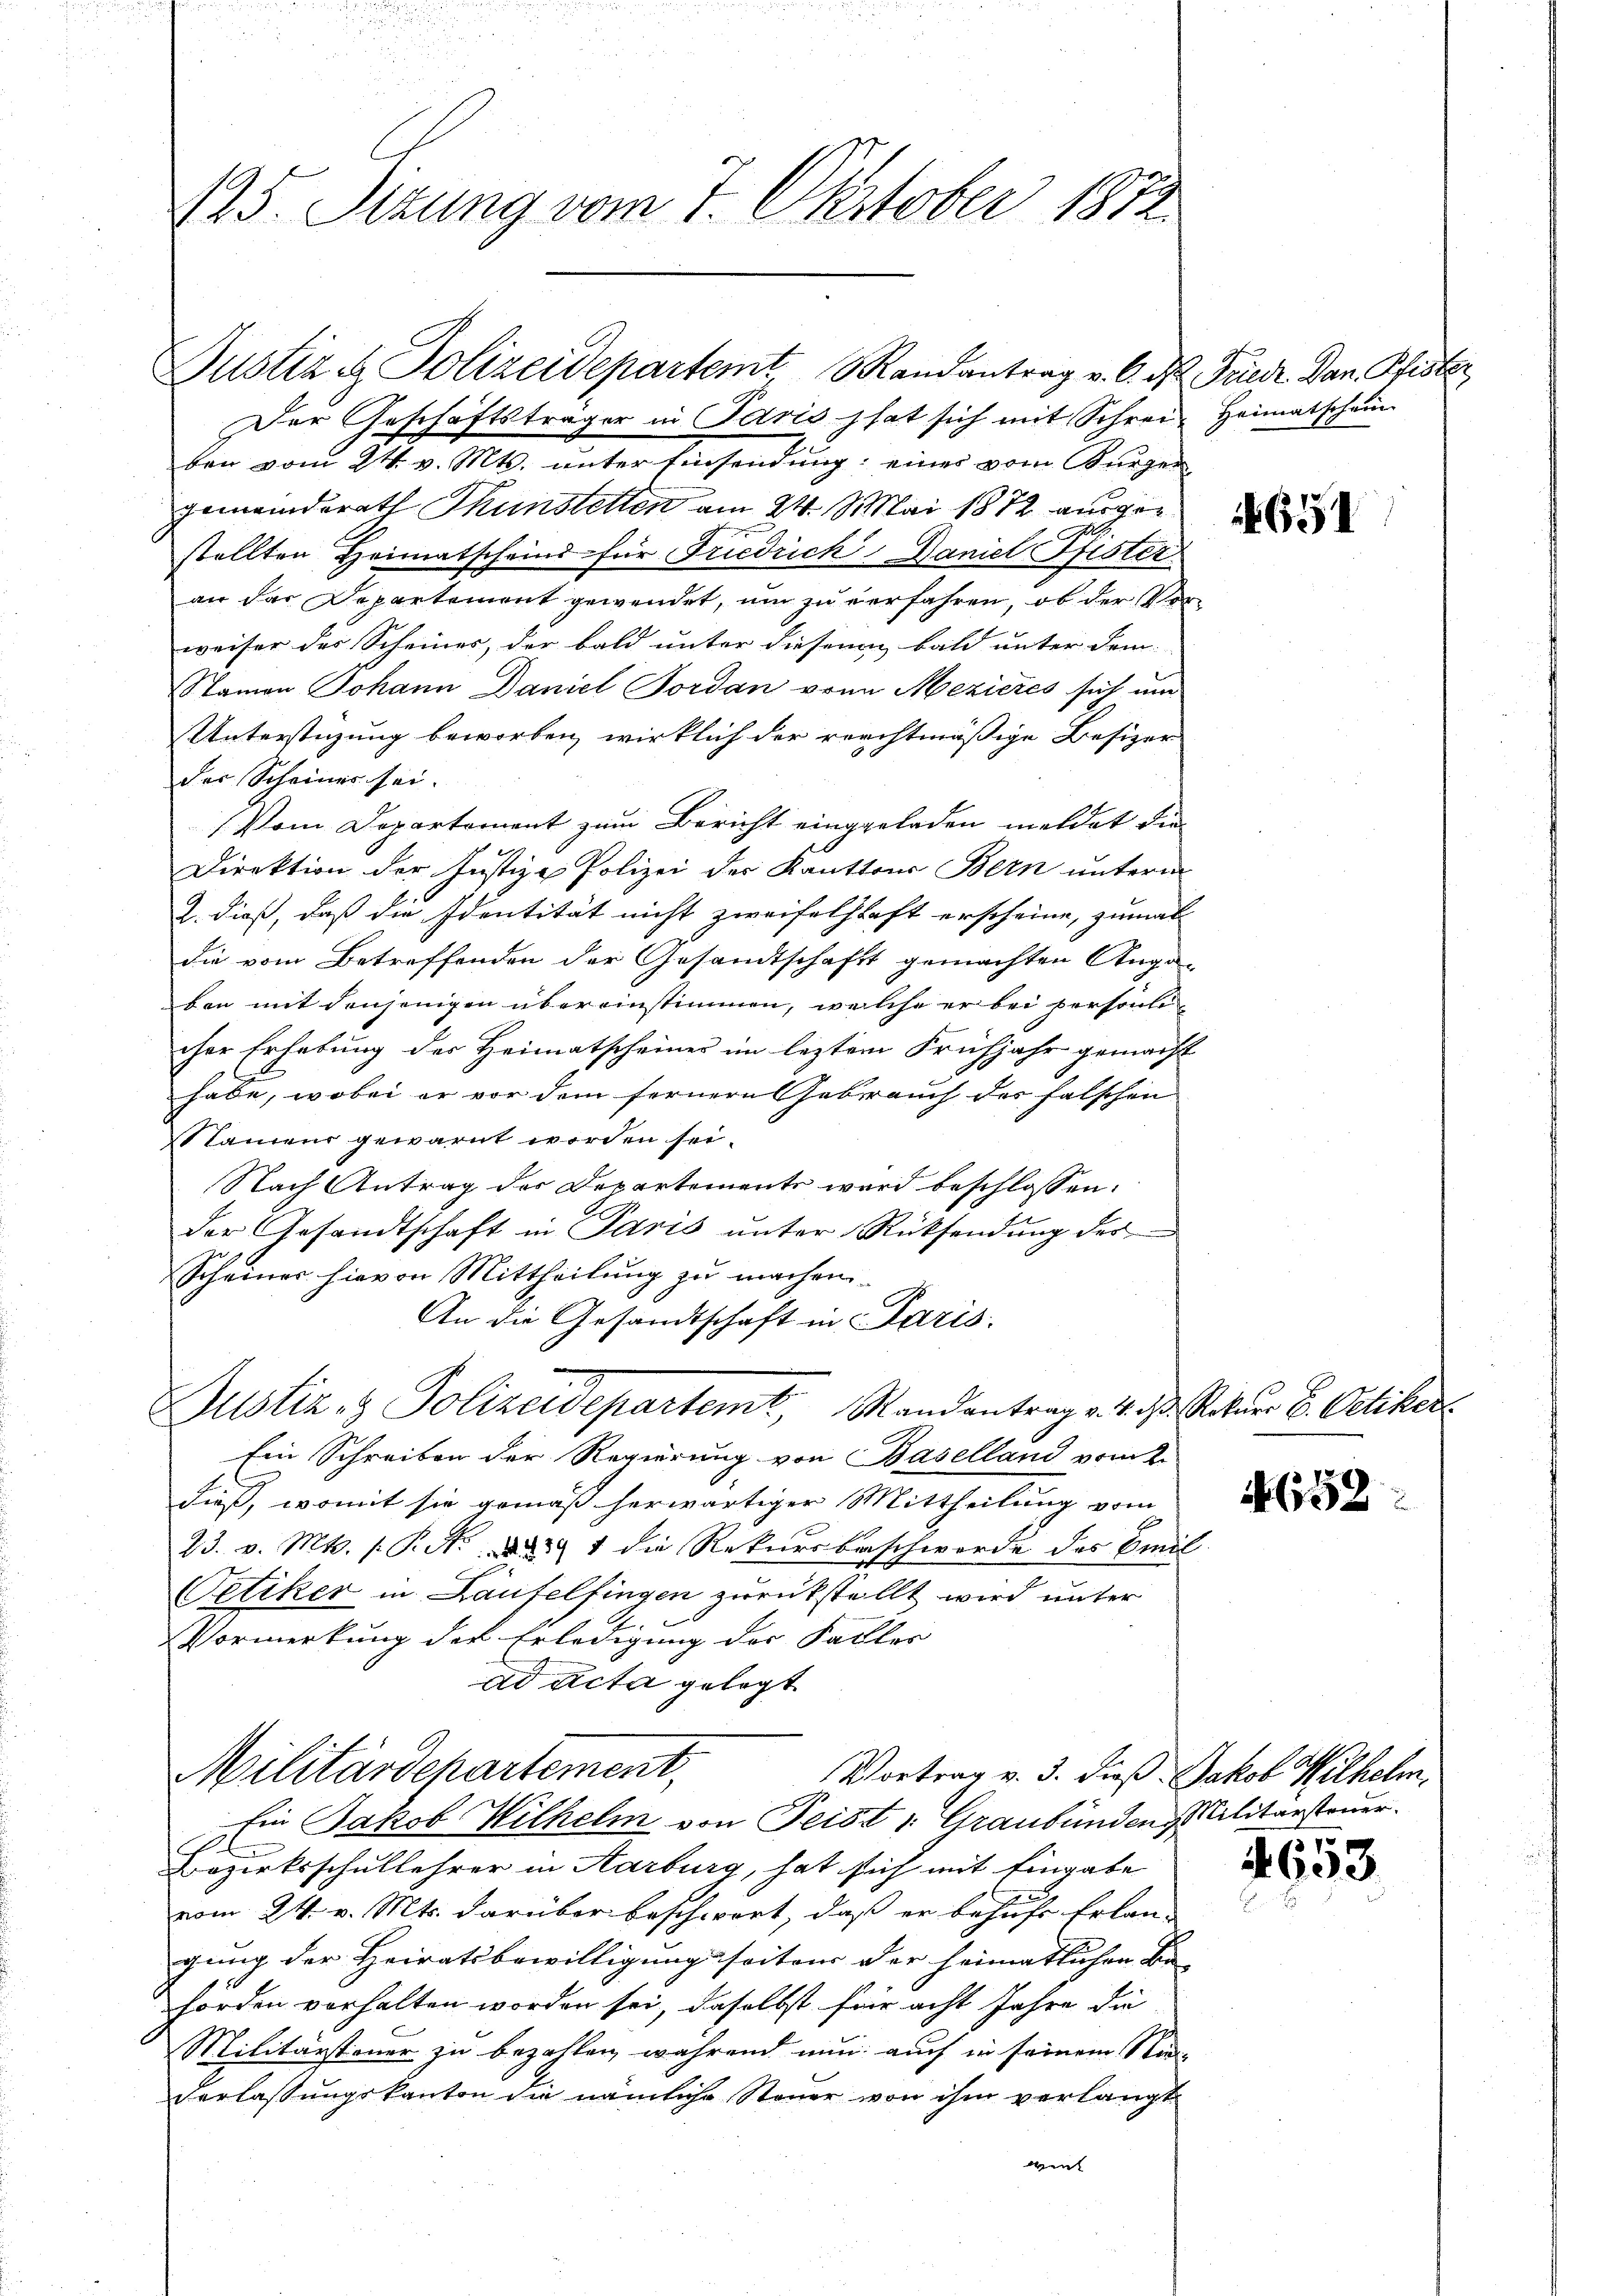
125. Sizung vom 7. Oktober 1872.

ben vom 24. v. Mts. unter Einsendung; eines vom Bürger
gemeinderath Thunstetten am 24. Mai 1872 ausgestellten Heimatscheind für Friedrich Daniel Pfister
an das Departement gewendet, um zu verfahren, ob der Vorweiser der Scheines, der bald unter diesen bald unter dem
Namen Johann Daniel Tordan von Mezieres sich um
Unterstüzung beworben, wirklich der rechtmäßige Besizer
der Scheiner sei.
Vom Departement zum Bericht eingeladen meldet die
Direktion der Justiz- Polizei der Kantons Bern unterm
2. dieß, daß die Identität nicht zweifelschaft erscheine, zumal
die vom Betreffenden der Gesandtschaft gemachten Ange-
ben mit denjenigen übereinstimmen, welche er bei persönli
cher Erhebung des Heimatscheiner im leztem Frühjahr gemacht
habe, wobei er vor dem fernern Gebrauch des falschen
Namens gewarnt worden sei.
Nach Antrag der Departements wird beschlossen:
der Gesandtschaft in Paris unter Rücksendung des
Scheiner hievon Mittheilung zu machen.
An die Gesandtschaft in Paris.
Justiz- & Polizeidepartemt, Randantrag v. 4. d. Rotuer B. Oetiker
Ein Schreiben der Regierung von Baselland vom 2.
dieß, womit sie gemäß herwärtiger Mittheilung vom
23. v. Mts. 1 Pct. 391 die Rekursbeschwerde des Emil
Oetiker in Laufelfingen zurückstellt wird unter
Vormerkung der Erledigung der Falles
ad acta gelegt
Militärdepartement,
Vortrag v. 3. dieß Jakob Wilhelm
Ein Jakob Wilhelm von Peist ; Graubünden Alitärsteuer.
C
e
Bezirksschullehrer in Aarburg, hat sich mit Eingabe
vom 24. v. Mts. darüber beschwert, daß er behufe Erlan- |
gung der Heiratsbewilligung seiten der heimatlichen Be- |
hörden vorhalten worden sei, daselbst für acht Jahre die
Militärsteuer zu bezahlen, während nun auch in seinem Nie-
derlassungskanton die nämliche Steuer von ihm verlangt
wen

Justiz & Polizeidepartemt Randantrag v. 6. d. Friedr. Dan Pfister
Der Geschäftsträger in Paris hat sich mit Schrei Heimatschein

651

652

4653